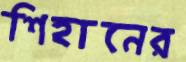
শিহানের